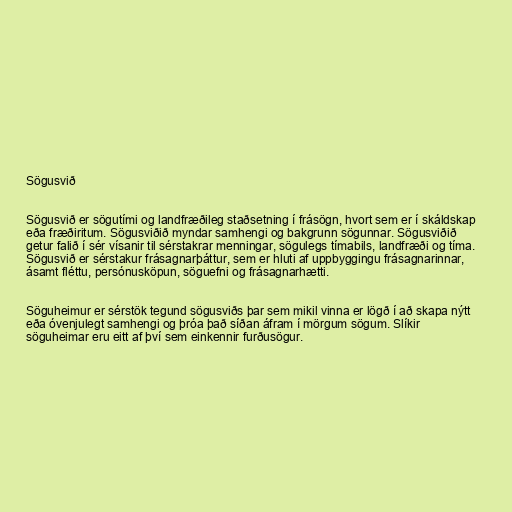
Sögusvið

Sögusvið er sögutími og landfræðileg staðsetning í frásögn, hvort sem er í skáldskap
eða fræðiritum. Sögusviðið myndar samhengi og bakgrunn sögunnar. Sögusviðið
getur falið í sér vísanir til sérstakrar menningar, sögulegs tímabils, landfræði og tíma.
Sögusvið er sérstakur frásagnarþáttur, sem er hluti af uppbyggingu frásagnarinnar,
ásamt fléttu, persónusköpun, söguefni og frásagnarhætti.

Söguheimur er sérstök tegund sögusviðs þar sem mikil vinna er lögð í að skapa nýtt
eða óvenjulegt samhengi og þróa það síðan áfram í mörgum sögum. Slíkir
söguheimar eru eitt af því sem einkennir furðusögur.